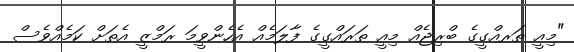
"މިއީ ތަރއްގީގެ ބްރިޖެއް މިއީ ތަރައްގީގެ ފާލަމެއް އެހެންވީމަ ރަމްޒީ އެތަށް ކަމެއްވެސް